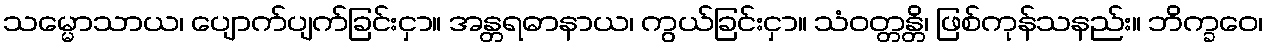
သမ္မောသာယ၊ ပျောက်ပျက်ခြင်းငှာ။ အန္တရဓာနာယ၊ ကွယ်ခြင်းငှာ။ သံဝတ္တန္တိ၊ ဖြစ်ကုန်သနည်း။ ဘိက္ခဝေ၊